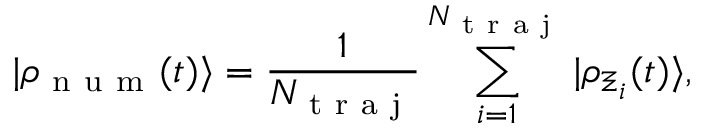
| \rho _ { \mathrm { ~ n ~ u ~ m ~ } } ( t ) \rangle = \frac { 1 } { N _ { \mathrm { ~ t ~ r ~ a ~ j ~ } } } \sum _ { i = 1 } ^ { N _ { \mathrm { ~ t ~ r ~ a ~ j ~ } } } | \rho _ { \Xi _ { i } } ( t ) \rangle ,